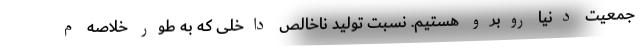
جمعیت دنیا روبرو هستیم. نسبت تولید ناخالص داخلی که به طور خلاصه م